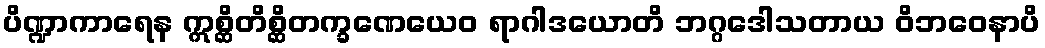
ပိဏ္ဍာကာရေန ဣစ္ဆိတိစ္ဆိတက္ခဏေယေဝ ရာဂါဒယောတိ ဘဂ္ဂဒေါသတာယ ဝိဘဝေနာပိ